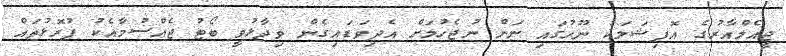
ޖީއެމްއާރުގެ އޮފިޝަލަކު ނޫހުގައި ނަން ނުޖެހުމަށް އެދިވަޑައިގެން ވިދާޅުވީ ބޯޓު ޖެއްސުމާއެކު ފުރޮޅުތައް